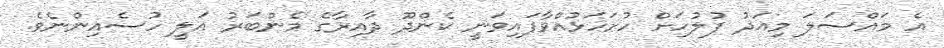
އެ މައްސަލަ މިއަދުު ފުލުހަށް ހުށަހަޅުއްވާފައިވަނީ ކެންދޫ ދާއިރާގެ މެންބަރު އަލީ ހުސެއިންނެވެ.